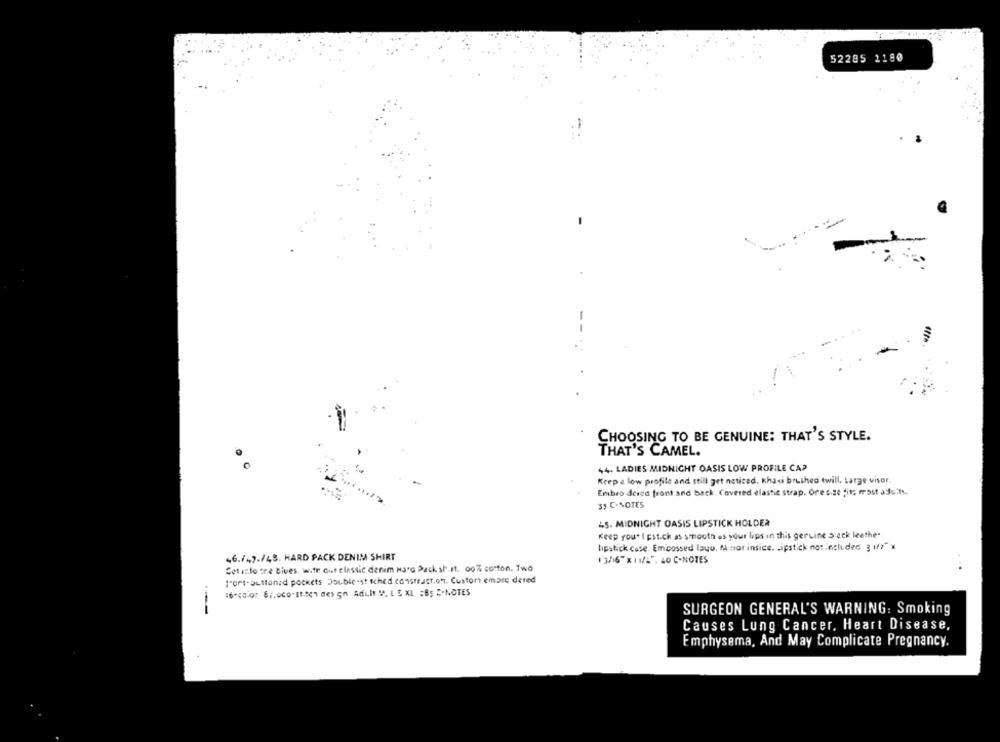
52285 1180
-
CHOOSING TO BE GENUINE: THAT'S STYLE.
THAT'S CAMEL.
44. LADIES MIDNIGHT OASIS LOW PROFILE CAP
Keep a low profile and still get noticed. Khaci brushed twill, Large visor.
Embro dered front and back. Covered elastic strap. Ore size fits most adult.
35 C-NOTES
4S. MIDNIGHT OASIS LIPSTICK HOLDER
Keep you" I Est-ck as smooth as your lips in this geruine s ack leethe.
lipstick case. Embossed louw, Minor insice. Lipstick not included 3 1/7" x
46./47./48. HARD PACK DENIM SHIRT
13/16"x 11/2". L0 C-NOTES
Cet into tre bives. w.tr oit classic denim Haro Pack sh.It. 00% cotton. Two
port-auttonad pockets Double-st tched construct.on. Custom emare dered
16 .< 0.Q7 6 ;, 000-It.ten des gn Adult ", L E XL :85 2-NOTES
---
SURGEON GENERAL'S WARNING: Smoking
Causes Lung Cancer, Heart Disease,
Emphysema, And May Complicate Pregnancy.